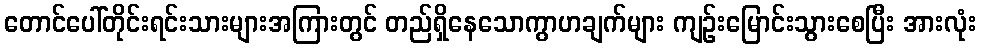
တောင်ပေါ်တိုင်းရင်းသားများအကြားတွင် တည်ရှိနေသောကွာဟချက်များ ကျဉ်းမြောင်းသွားစေပြီး အားလုံး